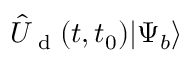
\hat { U } _ { \textrm { d } } ( t , t _ { 0 } ) | \Psi _ { b } \rangle